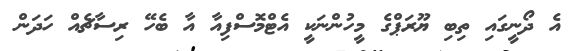
އެ ދޯނީގައި ތިބި ޔޫރަޕްގެ މީހުންނަކީ އެޓްމޮސްފިއާ އާ ބެހޭ ރިސާޗެއް ހަދަން